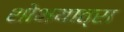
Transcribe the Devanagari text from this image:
शोभयात्रा